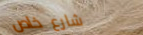
شارع خاص